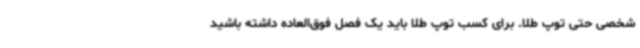
شخصی حتی توپ طلا. برای کسب توپ طلا باید یک فصل فوق‌العاده داشته باشید